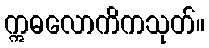
ဣဓလောကိကသုတ်။